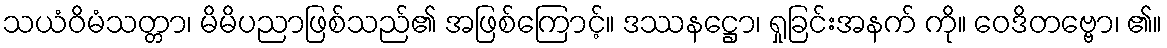
သယံဝိမံသတ္တာ၊ မိမိပညာဖြစ်သည်၏ အဖြစ်ကြောင့်။ ဒဿနဋ္ဌော၊ ရှုခြင်းအနက် ကို။ ဝေဒိတဗ္ဗော၊ ၏။